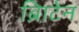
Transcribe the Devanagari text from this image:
ब्रिाटेन